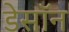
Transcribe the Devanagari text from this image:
डेसॉन